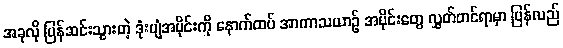
အခုလို ပြန်ဆင်းသွားတဲ့ ဒုံးပျံအပိုင်းကို နောက်ထပ် အာကာသယာဉ် အပိုင်းတွေ လွှတ်တင်ရာမှာ ပြန်လည်